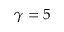
\gamma = 5